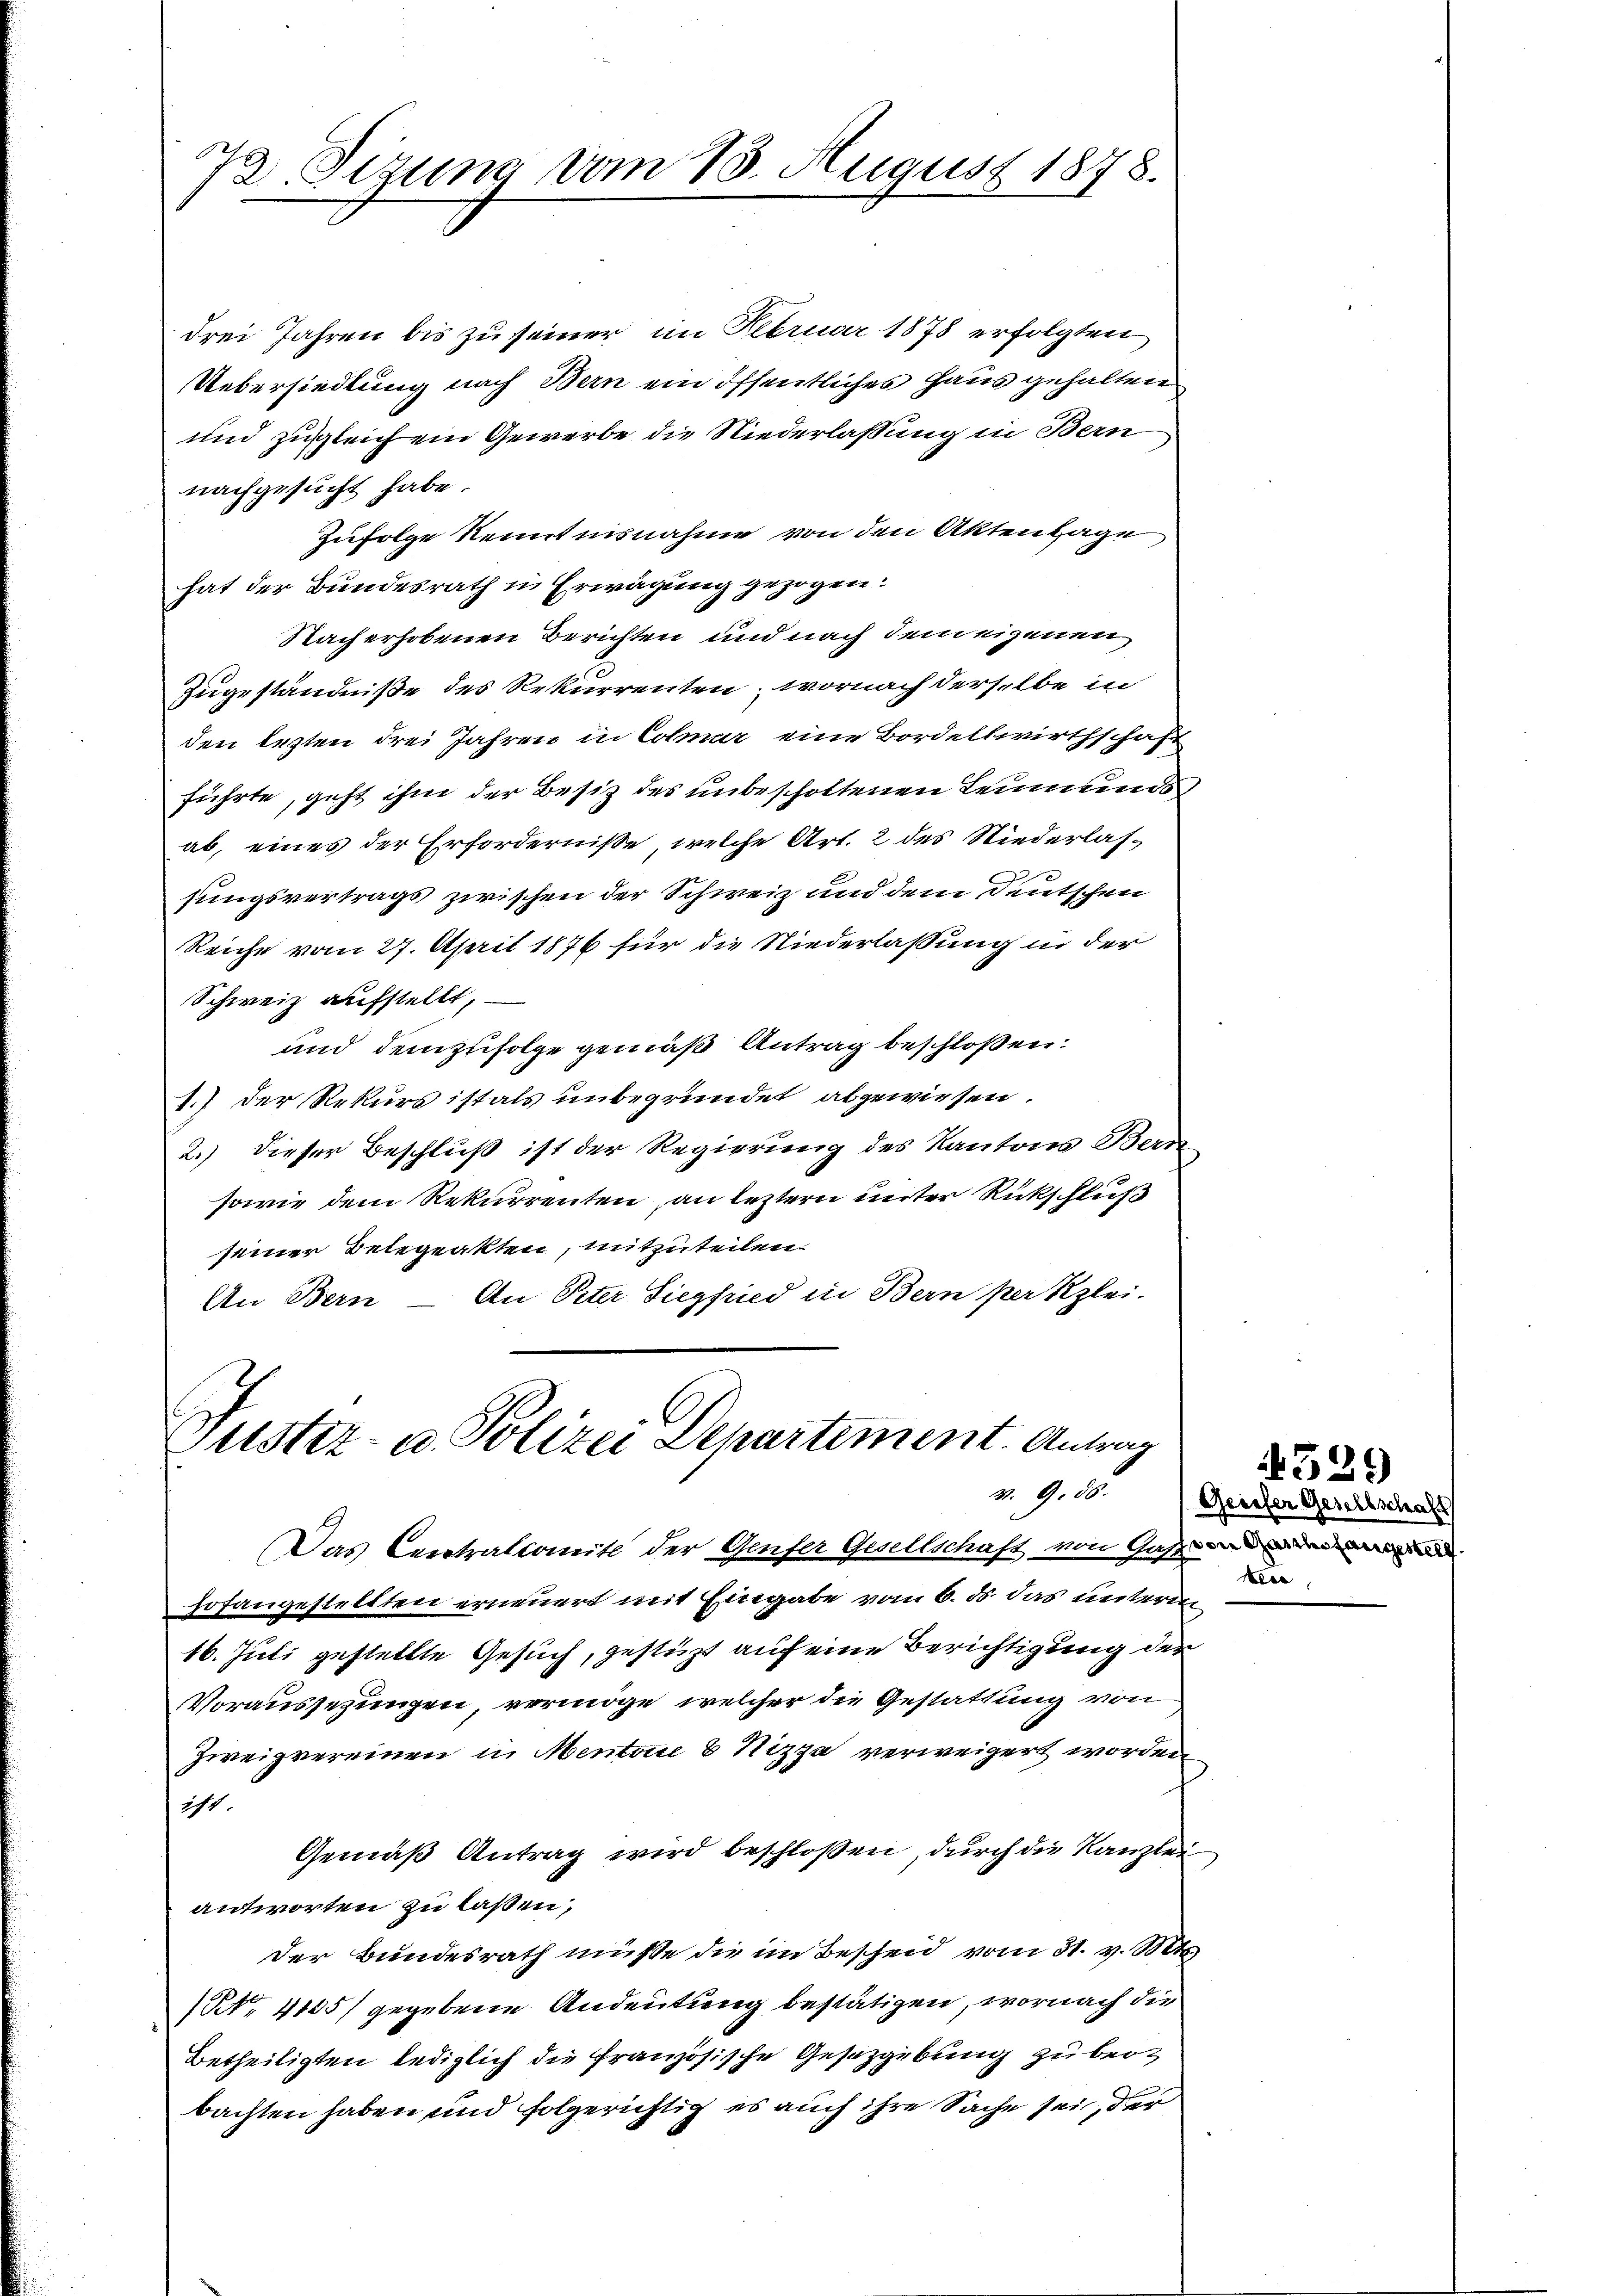
72. Sizung vom 13. August 1878.

drei Jahren bis zu seiner im Februar 1878 erfolgten
Uebersiedlung nach Bern ein öffentliches Haus gehalten
und zugleichem Gewerbe die Niederlassung in Bern
nachgesucht habe.
Zufolge kenntnisnahme von den Aktenlage
hat der Bundesrath in Erwägung gezogen:
Nach erhobenen Berichten und nach dem eigenen
Zugeständniße des Rekurrenten, wornach derselbe in
den lezten drei Jahren in Colmar eine Bordellwirthschaft
führte, geht ihm der Besitz des unbescholtenen Leumunds
ab, eines der Erforderniße, welche Art. 2 des Niederlassungsvertrags zwischen der Schweiz und dem Deutschen
Reiche vom 27. April 1876 für die Niederlassung in der
Schweiz aufstellt,
und demzufolge gemäß Antrag beschloßen:
1.) Der Rekurs istals unbegründet abgewiesen.
2.) Dieser Beschluß ist der Regierung des Kantons Bern¬
sowie dem Rekurrenten, an letztern unter Rückschluß
seiner Belegeakten, mitzuteilen.
An Peter Siegfried in Bern per Klei-
An Bern

Justiz- u. Polizei Departement. Antrag

Das Centralcomite der Genfer Gesellschaft von Gast
hofangestellten erneuert mit Eingabe vom 6. d. das unterm
16. Juli gestellte Gesuch, gestüzt auf eine Berichtigung der
Voraussezungen, vermöge, welcher die Gestattung von
Zweigvereinen in Menton & Nizza verweigert worden
icht.
Gemäß Antrag wird beschloßen, durch die Kanzlei
antworten zu laßen,
Der Bundesrath müsse die im Bescheid vom 31. v. Mts.
(No. 4135) gegebene Andeutung bestätigen, wornach die
Betheiligten lediglich die französische Gesetzgebung zu beobachten haben und folgerichtig es auch ihre Sache sei, der

529

v. 9. d. Geister Geschlschaft
ter,